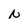
Character: N